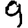
Digit: 9